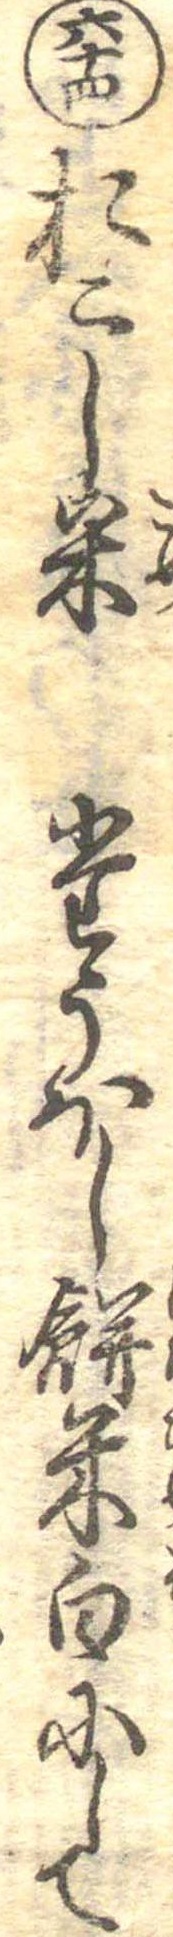
六十四おこし米たうほし餅米白にして